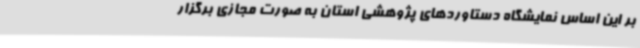
بر این اساس نمایشگاه دستاوردهای پژوهشی استان به صورت مجازی برگزار